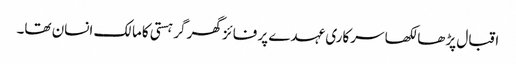
اقبال پڑھا لکھا سرکاری عہدے پر فائز گھر گر ہستی کامالک انسان تھا۔